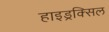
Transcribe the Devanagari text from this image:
हाइड्रक्सिल